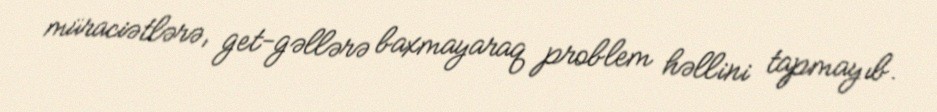
müraciətlərə, get-gəllərə baxmayaraq problem həllini tapmayıb.